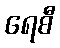
ရေစီ